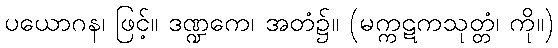
ပယောဂန၊ ဖြင့်။ ဒဏ္ဍကေ၊ အတံ၌။ (မက္ကဋကသုတ္တံ၊ ကို။)